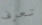
تعرف